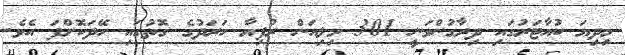
މިދިޔަ ކުއާޓަރުގައި ދިރާގުންވަނީ 301 މިލިއަން ރުފިޔާ ހަރަދުގެ ގޮތުގައި ހޭދަކޮށްފަ އެވެ.